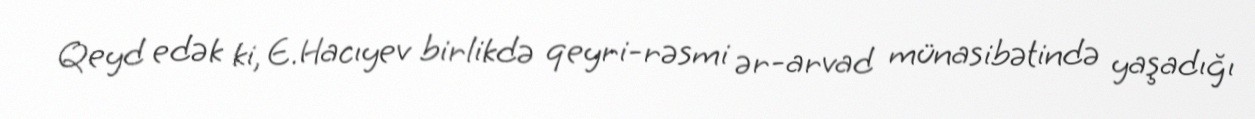
Qeyd edək ki, E.Hacıyev birlikdə qeyri-rəsmi ər-arvad münasibətində yaşadığı